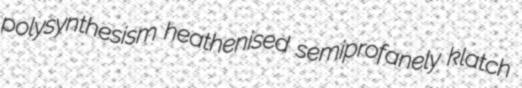
polysynthesism heathenised semiprofanely klatch